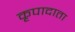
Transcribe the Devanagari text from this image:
कृपादाता